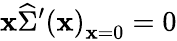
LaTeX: \mathbf{x}\widehat{{\Sigma}}^{\prime}\left(\mathbf{x}\right)_{\mathbf{x}=0}=0